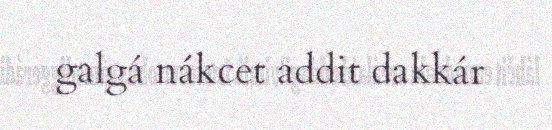
galgá nákcet addit dakkár